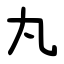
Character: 丸